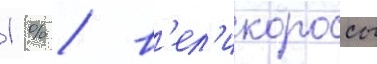
1 % / в'ел'икороссы